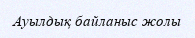
Ауылдық байланыс жолы